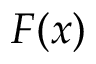
F ( x )